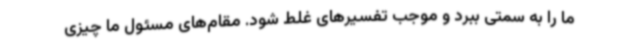
ما را به سمتی ببرد و موجب تفسیرهای غلط شود. مقام‌های مسئول ما چیزی